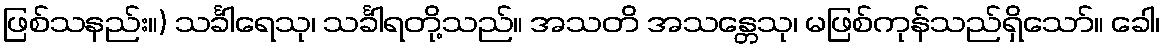
ဖြစ်သနည်း။) သင်္ခါရေသု၊ သင်္ခါရတို့သည်။ အသတိ အသန္တေသု၊ မဖြစ်ကုန်သည်ရှိသော်။ ခေါ၊